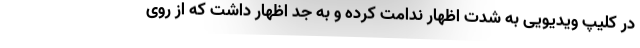
در کلیپ ویدیویی به شدت اظهار ندامت کرده و به جد اظهار داشت که از روی